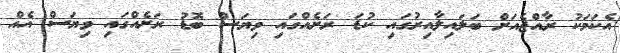
އެކަމަކު ރާއްޖެއަށް ބަލައިލާއިރުގައި ކުޑަ ރަށެއްގައި ވިޔަސް ބޮޑު ރަށެއްގައި ވިޔަސް އެއް